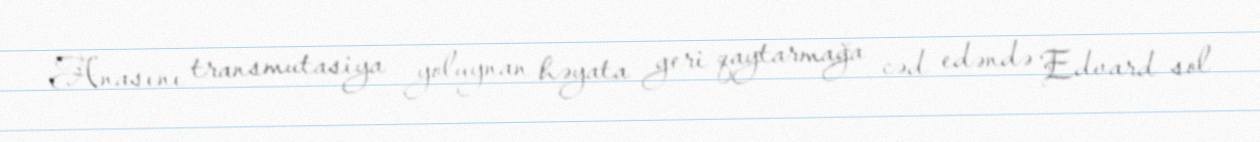
Anasını transmutasiya yoluynan həyata geri qaytarmağa cəd edəndə Edvard sol